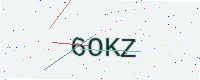
Text: 6OKZ